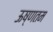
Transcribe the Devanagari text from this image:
ऊष्णतम